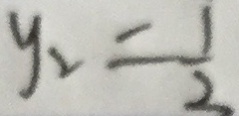
y _ { 2 } = \frac { 1 } { 2 }